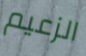
الزعيم